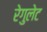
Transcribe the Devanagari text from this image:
रेगुलेट